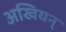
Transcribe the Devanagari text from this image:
अखियन्